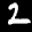
Label: 2